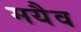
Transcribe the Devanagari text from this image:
मयैव